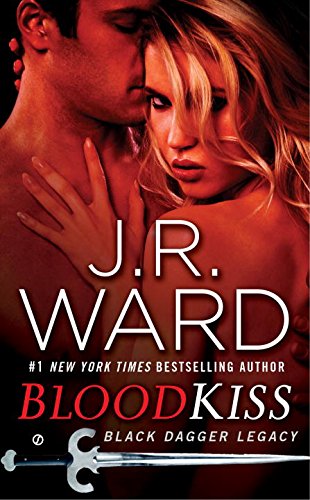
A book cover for Blood Kiss: Black Dagger Legacy; J.R. Ward; Romance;